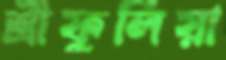
শ্রীফুলিয়া